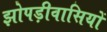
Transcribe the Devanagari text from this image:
झोपड़ीवासियों